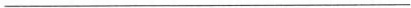
___